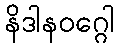
နိဒါနဝဂ္ဂေါ